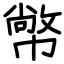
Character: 幤